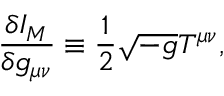
\frac { \delta I _ { M } } { \delta g _ { \mu \nu } } \equiv \frac { 1 } { 2 } \sqrt { - g } T ^ { \mu \nu } ,